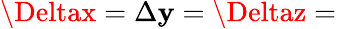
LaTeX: \Deltax=\Delta\mathbf{y}=\Deltaz=